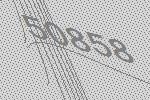
50858